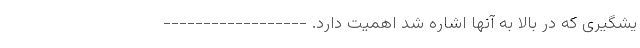
یشگیری که در بالا به آنها اشاره شد اهمیت دارد. ------------------